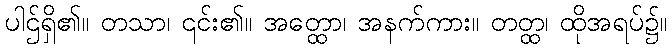
ပါဌ်ရှိ၏။ တသာ၊ ၎င်း၏။ အတ္ထော၊ အနက်ကား။ တတ္ထ၊ ထိုအရပ်၌။